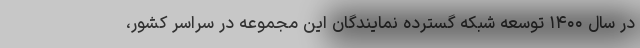
در سال ۱۴۰۰ توسعه شبکه گسترده نمایندگان این مجموعه در سراسر کشور،